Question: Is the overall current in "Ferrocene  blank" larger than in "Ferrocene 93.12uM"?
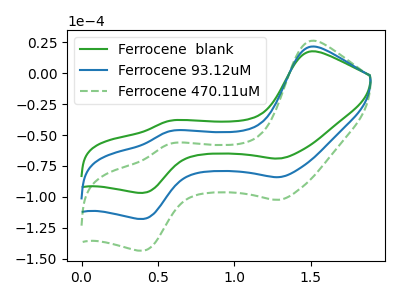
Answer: <think>The green curve "Ferrocene  blank" has anodic peaks at (1.50V, 17.60uA) (0.55V, -38.60uA) and cathodic peaks at (1.30V, -69.00uA) (0.40V, -96.70uA). The blue curve "Ferrocene 93.12uM" has anodic peaks at (1.50V, 21.40uA) (0.55V, -47.00uA) and cathodic peaks at (1.30V, -84.00uA) (0.40V, -117.75uA). The green dashed curve "Ferrocene 470.11uM" has anodic peaks at (1.50V, 42.85uA) (0.55V, -93.95uA) and cathodic peaks at (1.30V, -168.05uA) (0.40V, -235.50uA).
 All the peaks in "Ferrocene  blank" have a peak in "Ferrocene 93.12uM" at the same potential.</think>
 <answer>I cant tell if "Ferrocene  blank" or "Ferrocene 93.12uM" has more signal.</answer>
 <eval>mixed_signal</eval>